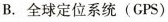
B. 全球定位系统(GPS)